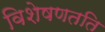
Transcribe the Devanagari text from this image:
विशेषणतति